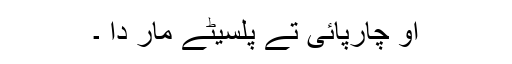
او چارپائی تے پلسیٹے مار دا ۔